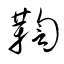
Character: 鞫